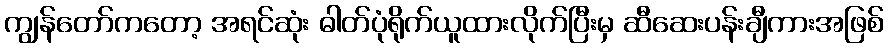
ကျွန်တော်ကတော့ အရင်ဆုံး ဓါတ်ပုံရိုက်ယူထားလိုက်ပြီးမှ ဆီဆေးပန်းချီကားအဖြစ်